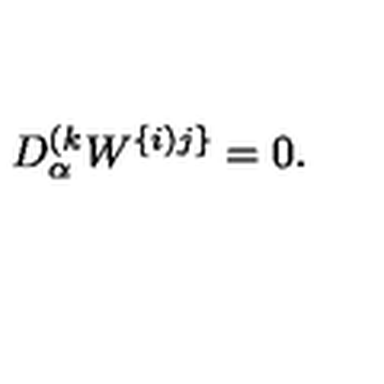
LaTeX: D _ { \alpha } ^ { ( k } W ^ { \{ i ) j \} } = 0 .